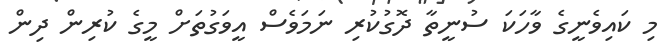
މި ކައިވެނީގެ ވާހަކަ ސުނީތާ ދޮގުކުރި ނަމަވެސް އީވަގުތަށް މީގެ ކުރިން ދިން